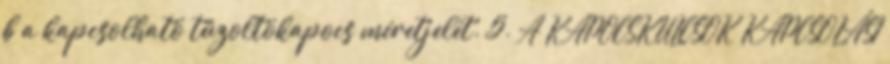
b a kapcsolható tûzoltókapocs méretjelét. 5. A KAPOCSKULCSOK KAPCSOLÁSI